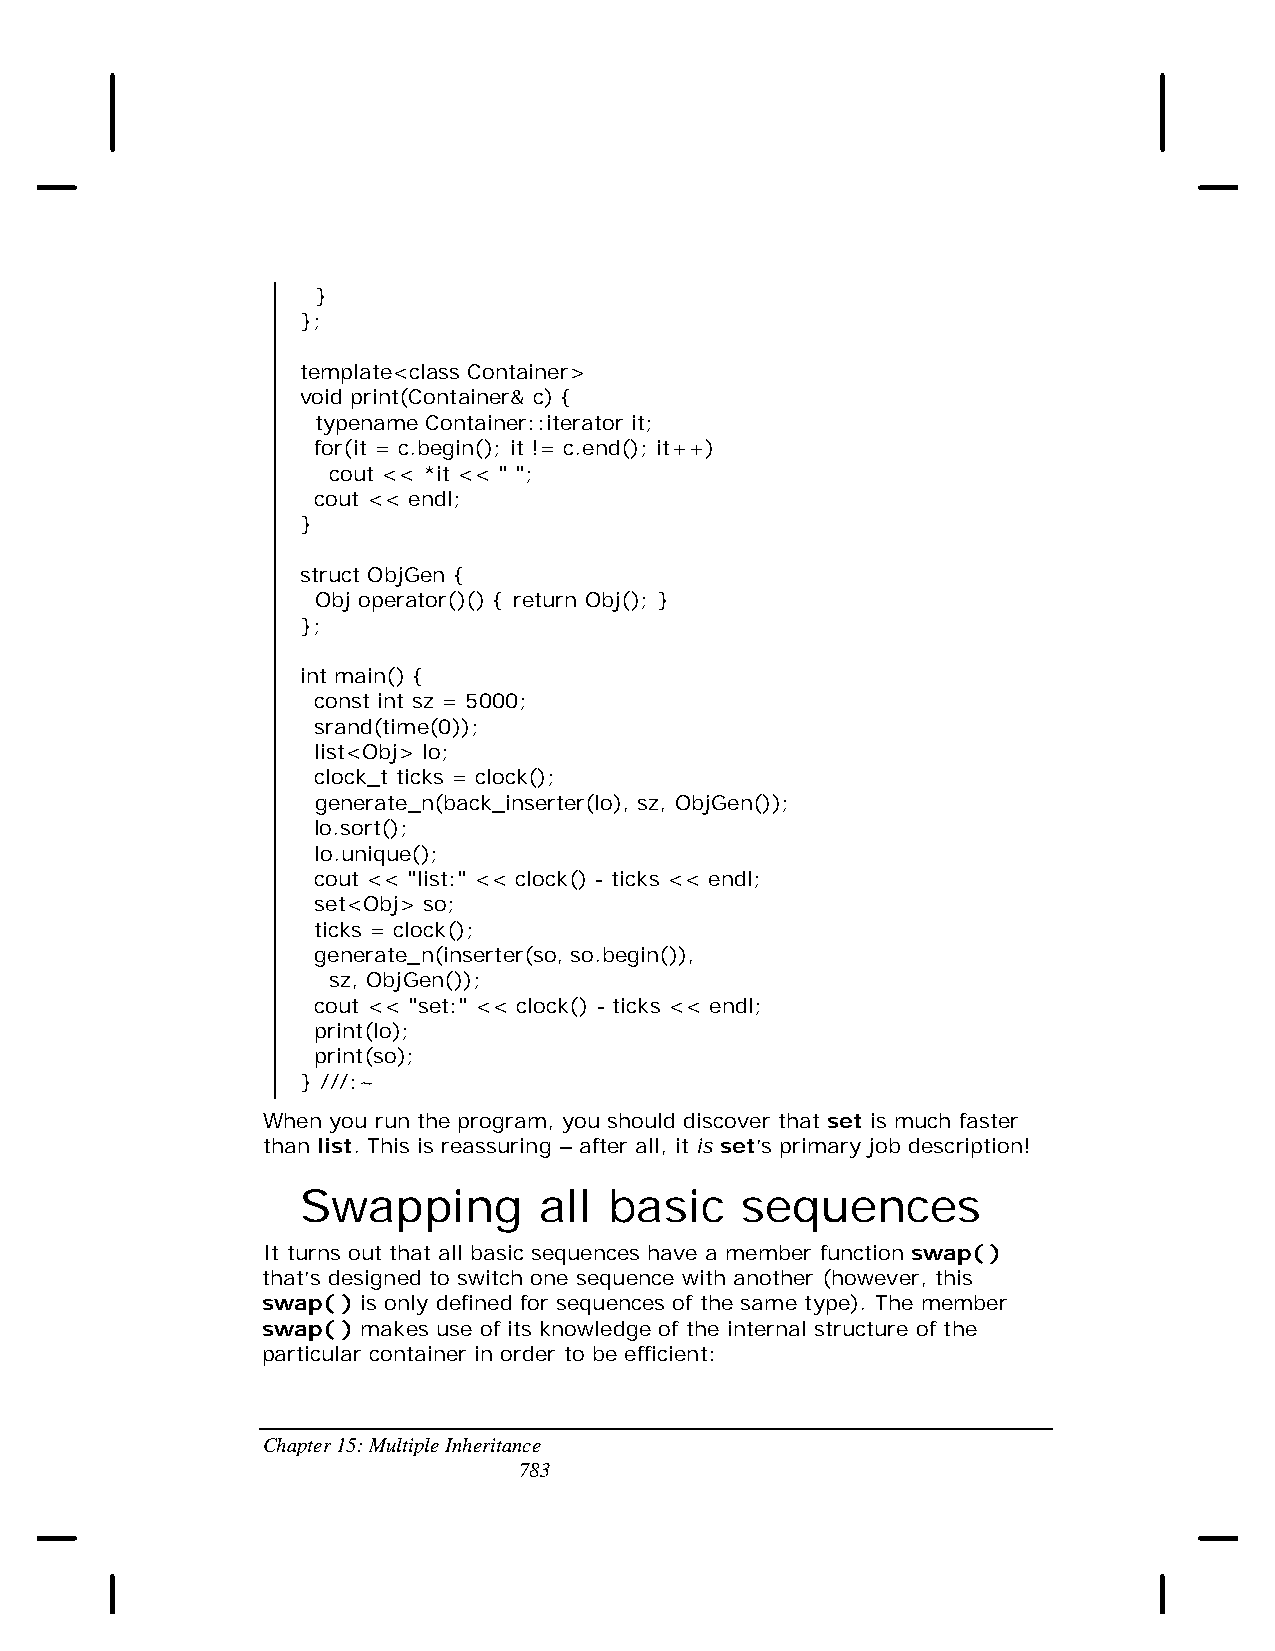
}
 };
 template<class Container>
 void print(Container& c) {
 typename Container::iterator it;
 for(it = c.begin(); it != c.end(); it++)
 cout << *it << " ";
 cout << endl;
 }
 struct ObjGen {
 Obj operator()() { return Obj(); }
 };
 int main() {
 const int sz = 5000;
 srand(time(0));
 list<Obj> lo;
 clock_t ticks = clock();
 generate_n(back_inserter(lo), sz, ObjGen());
 lo.sort();
 lo.unique();
 cout << "list:" << clock() - ticks << endl;
 set<Obj> so;
 ticks = clock();
 generate_n(inserter(so, so.begin()),
 sz, ObjGen());
 cout << "set:" << clock() - ticks << endl;
 print(lo);
 print(so);
 } ///:~
 When you run the program, you should discover that set is much faster
 than list. This is reassuring – after all, it is set’s primary job description!
 Swapping        all basic    sequences
 It turns out that all basic sequences have a member function swap( )
 that’s designed to switch one sequence with another (however, this
 swap( ) is only defined for sequences of the same type). The member
 swap( ) makes use of its knowledge of the internal structure of the
 particular container in order to be efficient:
 Chapter 15: Multiple Inheritance
 783